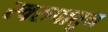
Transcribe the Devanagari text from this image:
स्वरुपातुन